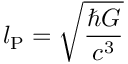
l _ { \mathrm { P } } = { \sqrt { \frac { \hbar G } { c ^ { 3 } } } }